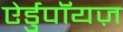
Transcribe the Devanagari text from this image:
ऐर्डुपॉयज़